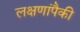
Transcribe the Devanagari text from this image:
लक्षणांपैकी